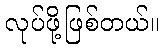
လုပ်ဖို့ဖြစ်တယ်။